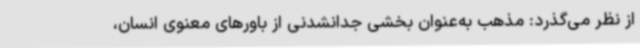
از نظر می‌گذرد: مذهب به‌عنوان بخشی جدانشدنی از باورهای معنوی انسان،